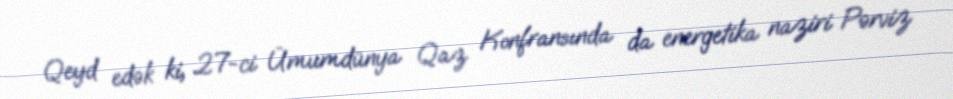
Qeyd edək ki, 27-ci Ümumdünya Qaz Konfransında da energetika naziri Pərviz